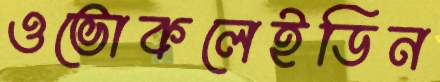
ওভোকলেইডিন